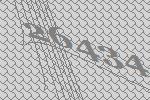
26434